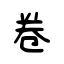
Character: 卷